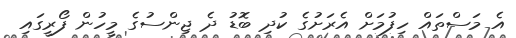
އެ މަސްތައް ހިފުމަށް އެރަށުގެ ކުދި ބޮޑު ދެ ޖިންސުގެ މީހުން ފޯރީގައި